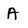
Character: A